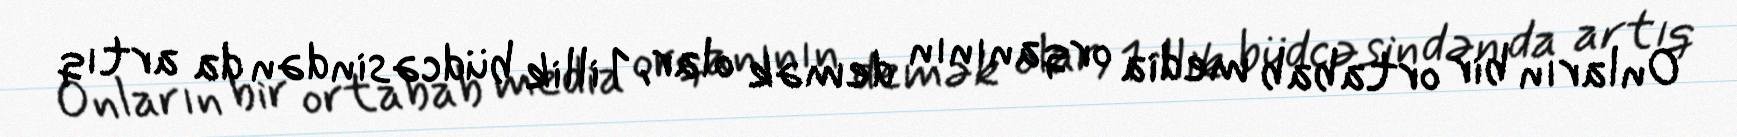
Onların bir ortabab media orqanının demək olar, 1 illik büdcəsindən da artıq